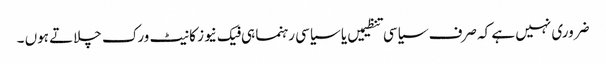
ضروری نہیں ہے کہ صرف سیاسی تنظیمیں یا سیاسی رہنما ہی فیک نیوز کا نیٹ ورک چلاتے ہوں ۔